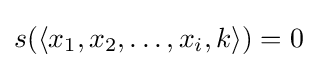
s(\langle x_{1},x_{2},\ldots ,x_{i},k\rangle )=0